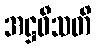
အဋ္ဌဝီသတိ